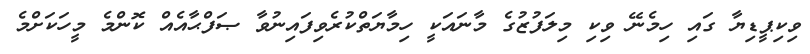
ވިކިޕީޑިޔާ ގައި ހިމެނޭ ވިކި މިލަފުޒުގެ މާނައަކީ ހިމާޔަތްކުރެވިފައިނުވާ ޞަފްޙާއެއް ކޮންމެ މީހަކަށްމެ